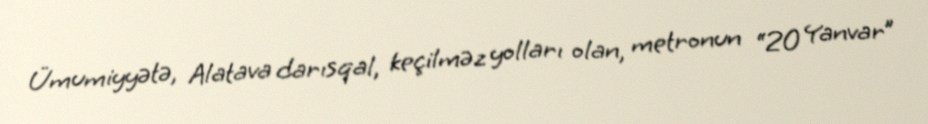
Ümumiyyətə, Alatava darısqal, keçilməz yolları olan, metronun “20 Yanvar”